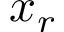
x _ { r }